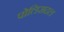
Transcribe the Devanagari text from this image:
पोलिसदल